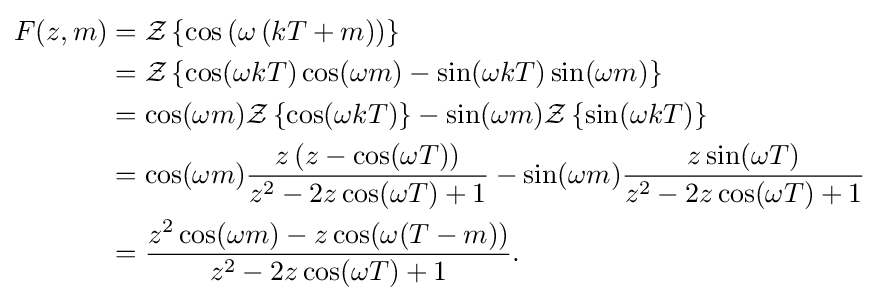
{\begin{aligned}F(z,m)&={\mathcal {Z}}\left\{\cos \left(\omega \left(kT+m\right)\right)\right\}\\&={\mathcal {Z}}\left\{\cos(\omega kT)\cos(\omega m)-\sin(\omega kT)\sin(\omega m)\right\}\\&=\cos(\omega m){\mathcal {Z}}\left\{\cos(\omega kT)\right\}-\sin(\omega m){\mathcal {Z}}\left\{\sin(\omega kT)\right\}\\&=\cos(\omega m){\frac {z\left(z-\cos(\omega T)\right)}{z^{2}-2z\cos(\omega T)+1}}-\sin(\omega m){\frac {z\sin(\omega T)}{z^{2}-2z\cos(\omega T)+1}}\\&={\frac {z^{2}\cos(\omega m)-z\cos(\omega (T-m))}{z^{2}-2z\cos(\omega T)+1}}.\end{aligned}}